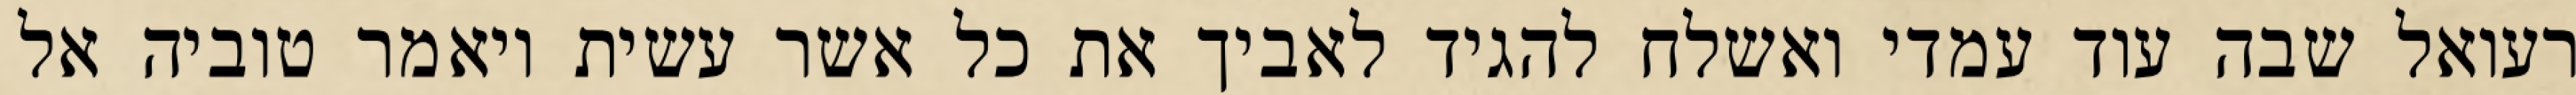
רעואל שבה עוד עמדי ואשלח להגיד לאביך את כל אשר עשית ויאמר טוביה אל